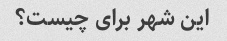
این شهر برای چیست؟